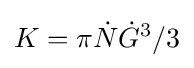
K=\pi {\dot {N}}{\dot {G}}^{3}/3